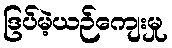
ဒြပ်မဲ့ယဉ်ကျေးမှု